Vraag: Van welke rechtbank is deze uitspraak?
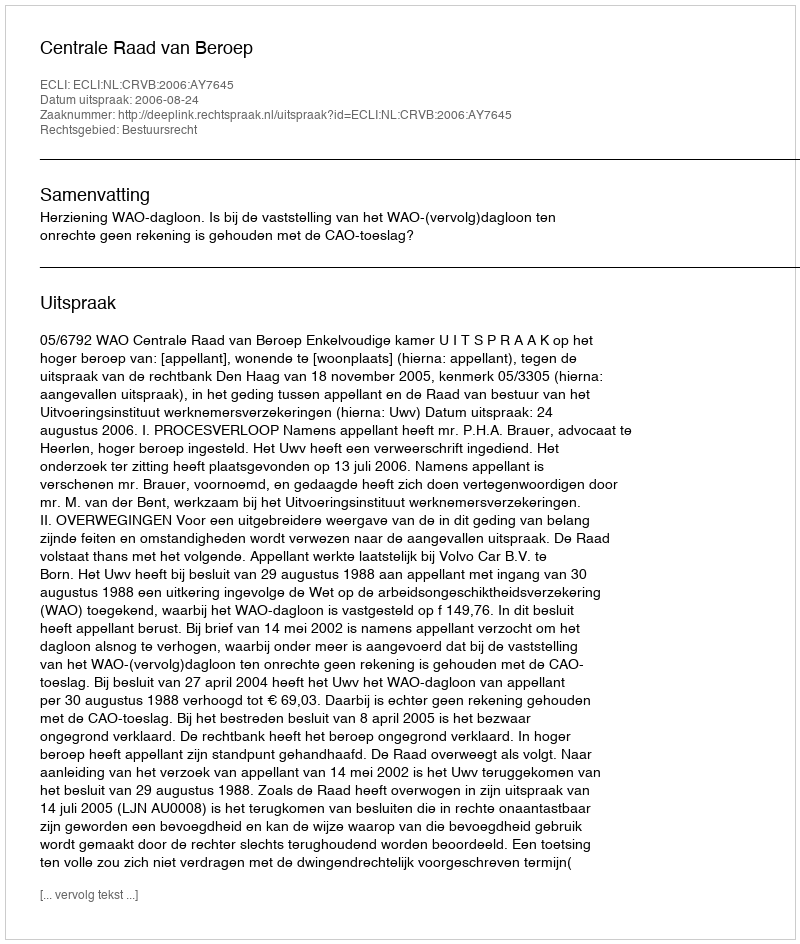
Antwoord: Centrale Raad van Beroep